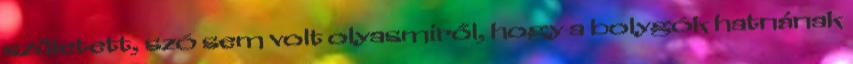
született, szó sem volt olyasmiről, hogy a bolygók hatnának